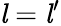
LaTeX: {\mathit{l}}={{\mathit{l}}^{\prime}}